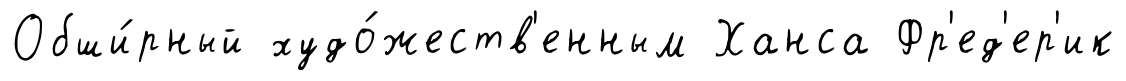
Обши́рный худо́жеств'енным Ханса Фр'ед'ер'ик